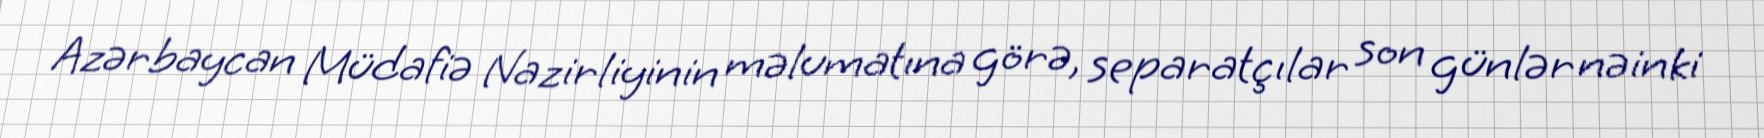
Azərbaycan Müdafiə Nazirliyinin məlumatına görə, separatçılar son günlər nəinki